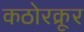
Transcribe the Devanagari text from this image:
कठोरक्रूर